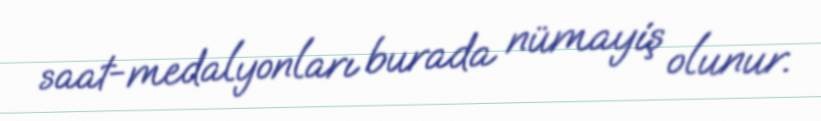
saat-medalyonları burada nümayiş olunur.